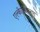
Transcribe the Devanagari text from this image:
एल्केलिकरण